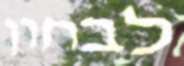
לבחון